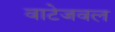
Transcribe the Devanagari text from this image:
वाटेजवल